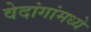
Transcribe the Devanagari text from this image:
वेदांगांमध्ये